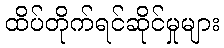
ထိပ်တိုက်ရင်ဆိုင်မှုများ